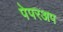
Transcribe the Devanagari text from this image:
पेपरअप